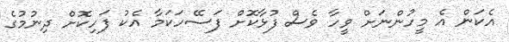
އެކަން އެ މީހުންނަށް ވީހާ ވެސް ފުޅާކޮށް ފަސޭހަކަމާ އެކު ފަހިކޮށް ދިނުމުގެ